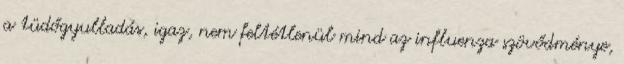
a tüdőgyulladás, igaz, nem feltétlenül mind az influenza szövődménye,